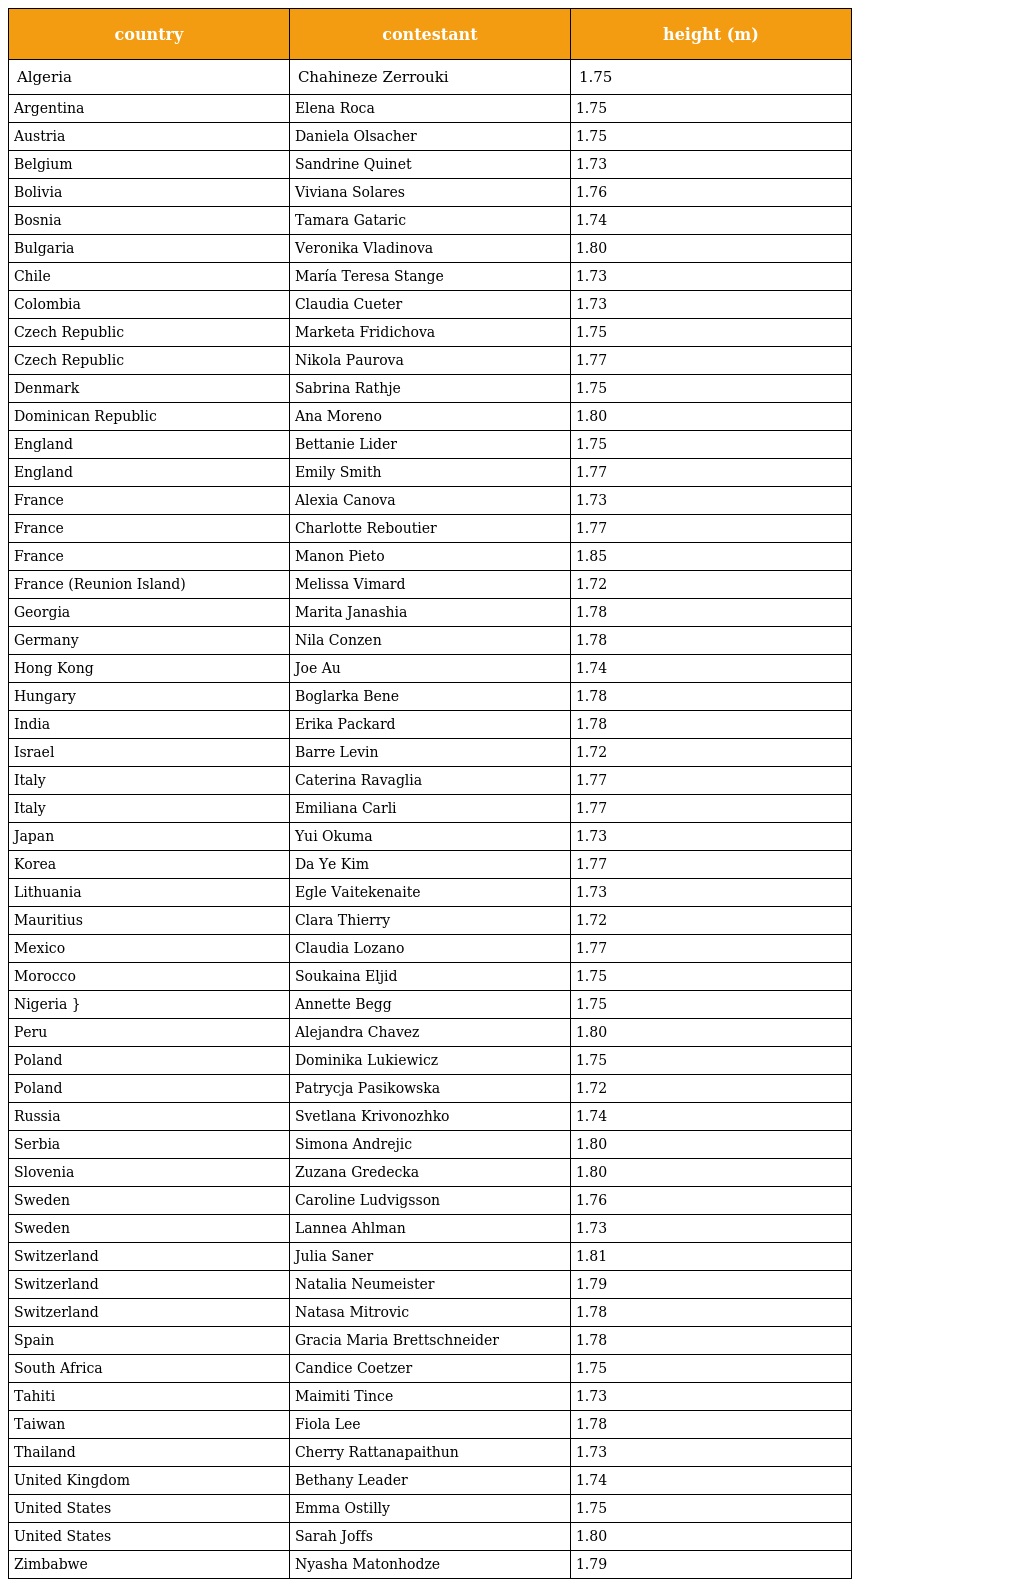
| country | contestant | height (m) |
 | --- | --- | --- |
 | Algeria | Chahineze Zerrouki | 1.75 |
 | Argentina | Elena Roca | 1.75 |
 | Austria | Daniela Olsacher | 1.75 |
 | Belgium | Sandrine Quinet | 1.73 |
 | Bolivia | Viviana Solares | 1.76 |
 | Bosnia | Tamara Gataric | 1.74 |
 | Bulgaria | Veronika Vladinova | 1.80 |
 | Chile | María Teresa Stange | 1.73 |
 | Colombia | Claudia Cueter | 1.73 |
 | Czech Republic | Marketa Fridichova | 1.75 |
 | Czech Republic | Nikola Paurova | 1.77 |
 | Denmark | Sabrina Rathje | 1.75 |
 | Dominican Republic | Ana Moreno | 1.80 |
 | England | Bettanie Lider | 1.75 |
 | England | Emily Smith | 1.77 |
 | France | Alexia Canova | 1.73 |
 | France | Charlotte Reboutier | 1.77 |
 | France | Manon Pieto | 1.85 |
 | France (Reunion Island) | Melissa Vimard | 1.72 |
 | Georgia | Marita Janashia | 1.78 |
 | Germany | Nila Conzen | 1.78 |
 | Hong Kong | Joe Au | 1.74 |
 | Hungary | Boglarka Bene | 1.78 |
 | India | Erika Packard | 1.78 |
 | Israel | Barre Levin | 1.72 |
 | Italy | Caterina Ravaglia | 1.77 |
 | Italy | Emiliana Carli | 1.77 |
 | Japan | Yui Okuma | 1.73 |
 | Korea | Da Ye Kim | 1.77 |
 | Lithuania | Egle Vaitekenaite | 1.73 |
 | Mauritius | Clara Thierry | 1.72 |
 | Mexico | Claudia Lozano | 1.77 |
 | Morocco | Soukaina Eljid | 1.75 |
 | Nigeria } | Annette Begg | 1.75 |
 | Peru | Alejandra Chavez | 1.80 |
 | Poland | Dominika Lukiewicz | 1.75 |
 | Poland | Patrycja Pasikowska | 1.72 |
 | Russia | Svetlana Krivonozhko | 1.74 |
 | Serbia | Simona Andrejic | 1.80 |
 | Slovenia | Zuzana Gredecka | 1.80 |
 | Sweden | Caroline Ludvigsson | 1.76 |
 | Sweden | Lannea Ahlman | 1.73 |
 | Switzerland | Julia Saner | 1.81 |
 | Switzerland | Natalia Neumeister | 1.79 |
 | Switzerland | Natasa Mitrovic | 1.78 |
 | Spain | Gracia Maria Brettschneider | 1.78 |
 | South Africa | Candice Coetzer | 1.75 |
 | Tahiti | Maimiti Tince | 1.73 |
 | Taiwan | Fiola Lee | 1.78 |
 | Thailand | Cherry Rattanapaithun | 1.73 |
 | United Kingdom | Bethany Leader | 1.74 |
 | United States | Emma Ostilly | 1.75 |
 | United States | Sarah Joffs | 1.80 |
 | Zimbabwe | Nyasha Matonhodze | 1.79 |